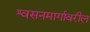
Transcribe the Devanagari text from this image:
श्वसनमार्गावरील